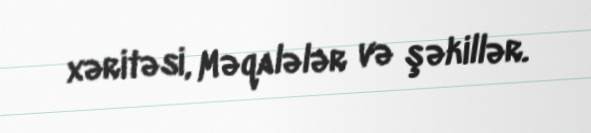
xəritəsi, Məqalələr və şəkillər.